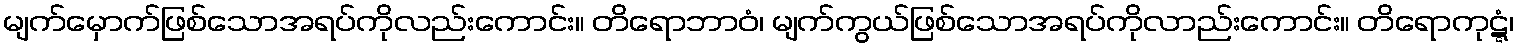
မျက်မှောက်ဖြစ်သောအရပ်ကိုလည်းကောင်း။ တိရောဘာဝံ၊ မျက်ကွယ်ဖြစ်သောအရပ်ကိုလာည်းကောင်း။ တိရောကုဋ္ဋံ၊